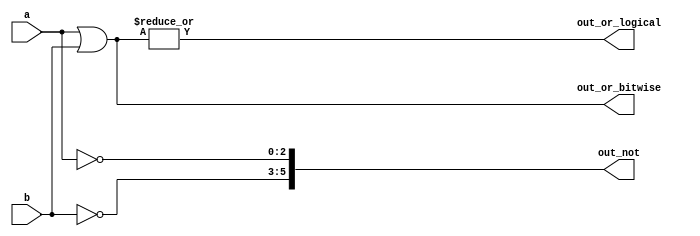
module top_module( 
    input [2:0] a,
    input [2:0] b,
    output [2:0] out_or_bitwise,
    output out_or_logical,
    output [5:0] out_not
);
    // Bitwise OR operation
    assign out_or_bitwise = a | b;
    
    // Logical OR operation
    assign out_or_logical = |(a | b);
    
    // Inverse (NOT) operation
    assign out_not[5:3] = ~b;
    assign out_not[2:0] = ~a;
endmodule